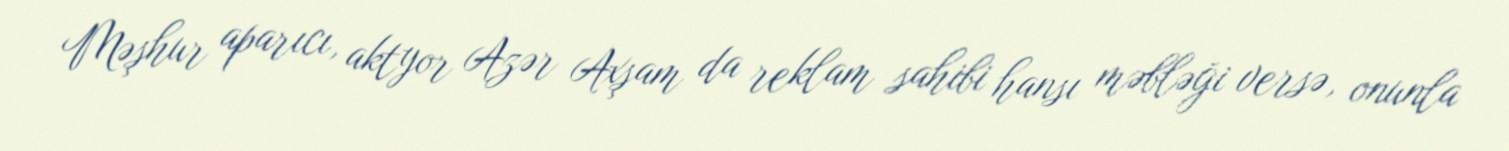
Məşhur aparıcı, aktyor Azər Axşam da reklam sahibi hansı məbləği versə, onunla